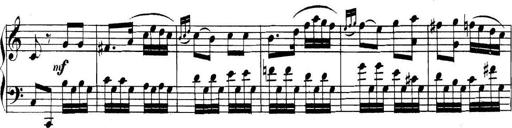
Title: Collected Piano Sonatas
Composer: Muzio Clementi